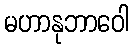
မဟာနုဘာဝေါ